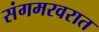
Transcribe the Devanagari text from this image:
संगमरवरात